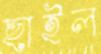
ছাইল